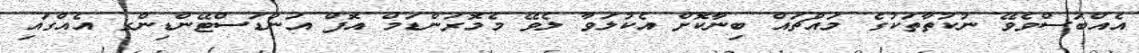
އެއްބަސްވެވޭ ނުކުތާތަކުގެ މައްޗައް ބިނާކޮށް އެކުލަވާ ލެވޭ މެމޮރަންޑަމް އޮފް އަންޑަސްޓޭންޑިންގ އެއްގައި